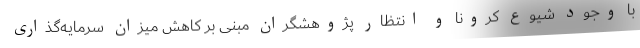
با وجود شیوع کرونا و انتظار پژوهشگران مبنی بر کاهش میزان سرمایه‌گذاری